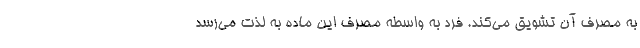
به مصرف آن تشویق می‌کند. فرد به واسطه مصرف این ماده به لذت می‌رسد